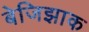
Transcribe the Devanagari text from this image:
बेजिझाक